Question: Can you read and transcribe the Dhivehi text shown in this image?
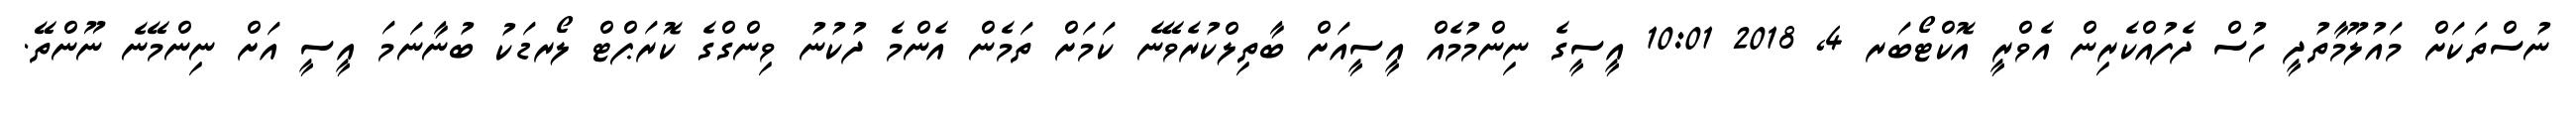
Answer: ނުސްތަކަށް މައުލޫމާތުދީ ހުސް ދެފުއްކެރިން އެވްރީ އޮކްޓޯބަރ 4, 2018 10:01 އީސީގެ ނިންމުމެއް އީސީއަށް ބާތިލްކުރެވޭނެ ކަމަށް ތަމެން އެންމެ ދުކުނު ވިންގްގެ ކޮރަޕްޓް ލޯރޑަކު ބުނާނަމަ އީސީ އަށް ނިންމޭނެ ނޫންތޭ.